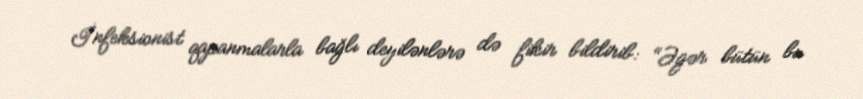
İnfeksionist qapanmalarla bağlı deyilənlərə də fikir bildirib: “Əgər bütün bu